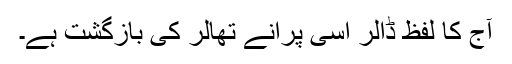
آج کا لفظ ڈالر اسی پرانے تھالر کی بازگشت ہے۔